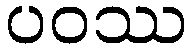
ပဝဿ